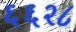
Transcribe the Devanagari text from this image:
६६२८